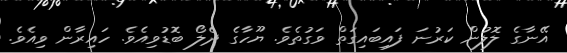
އޭނާގެ ލޮލުން ކަރުނަ ފައިބައިގަތް ވަގުތެވެ. ޔޫހާގެ ދެލޯ ބޮޑުވިއެވެ. ހައިރާން ވިއެވެ.